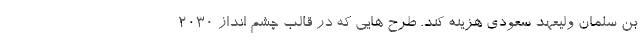
بن سلمان ولیعهد سعودی هزینه کند. طرح هایی که در قالب چشم انداز 2030